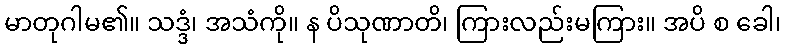
မာတုဂါမ၏။ သဒ္ဒံ၊ အသံကို။ န ပိသုဏာတိ၊ ကြားလည်းမကြား။ အပိ စ ခေါ၊